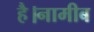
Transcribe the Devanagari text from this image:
है।नामीब